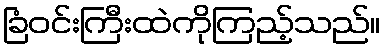
ခြံဝင်းကြီးထဲကိုကြည့်သည်။